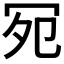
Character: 𪞏